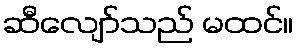
ဆီလျော်သည် မထင်။